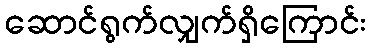
ဆောင်ရွက်လျှက်ရှိကြောင်း